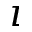
\imath